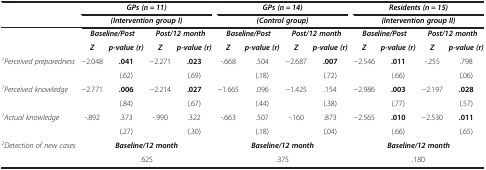
<table><thead><tr><td><b> </b></td><td colspan="4"><b><i>GPs (n = 11)</i></b></td><td colspan="4"><b><i>GPs (n = 14)</i></b></td><td colspan="4"><b><i>Residents (n = 15)</i></b></td></tr><tr><td><b> </b></td><td colspan="4"><b><i>(Intervention group I)</i></b></td><td colspan="4"><b><i>(Control group)</i></b></td><td colspan="4"><b><i>(Intervention group II)</i></b></td></tr></thead><tbody><tr><td> </td><td><b><i>Baseline/Post</i></b></td><td> </td><td><b><i>Post/12 month</i></b></td><td> </td><td><b><i>Baseline/Post</i></b></td><td> </td><td><b><i>Post/12 month</i></b></td><td> </td><td><b><i>Baseline/Post</i></b></td><td> </td><td><b><i>Post/12 month</i></b></td><td> </td></tr><tr><td> </td><td><b><i>Z</i></b></td><td><b><i>p-value (r)</i></b></td><td><b><i>Z</i></b></td><td><b><i>p-value (r)</i></b></td><td><b><i>Z</i></b></td><td><b><i>p-value (r)</i></b></td><td><b><i>Z</i></b></td><td><b><i>p-value (r)</i></b></td><td><b><i>Z</i></b></td><td><b><i>p-value (r)</i></b></td><td><b><i>Z</i></b></td><td><b><i>p-value (r)</i></b></td></tr><tr><td rowspan="2"><sup><i>1</i></sup><i>Perceived preparedness</i></td><td rowspan="2">−2.048</td><td><b>.041</b></td><td rowspan="2">−2.271</td><td><b>.023</b></td><td rowspan="2">-.668</td><td>.504</td><td rowspan="2">−2.687</td><td><b>.007</b></td><td rowspan="2">−2.546</td><td><b>.011</b></td><td rowspan="2">-.255</td><td>.798</td></tr><tr><td>(.62)</td><td>(.69)</td><td>(.18)</td><td>(.72)</td><td>(.66)</td><td>(.06)</td></tr><tr><td rowspan="2"><sup><i>1</i></sup><i>Perceived knowledge</i></td><td rowspan="2">−2.771</td><td><b>.006</b></td><td rowspan="2">−2.214</td><td><b>.027</b></td><td rowspan="2">−1.665</td><td>.096</td><td rowspan="2">−1.425</td><td>.154</td><td rowspan="2">−2.986</td><td><b>.003</b></td><td rowspan="2">−2.197</td><td><b>.028</b></td></tr><tr><td>(.84)</td><td>(.67)</td><td>(.44)</td><td>(.38)</td><td>(.77)</td><td>(.57)</td></tr><tr><td rowspan="2"><sup><i>1</i></sup><i>Actual knowledge</i></td><td rowspan="2">-.892</td><td>.373</td><td rowspan="2">-.990</td><td>.322</td><td rowspan="2">-.663</td><td>.507</td><td rowspan="2">-.160</td><td>.873</td><td rowspan="2">−2.565</td><td><b>.010</b></td><td rowspan="2">−2.530</td><td><b>.011</b></td></tr><tr><td>(.27)</td><td>(.30)</td><td>(.18)</td><td>(.04)</td><td>(.66)</td><td>(.65)</td></tr><tr><td><sup><i>2</i></sup><i>Detection of new cases</i></td><td colspan="4"><b><i>Baseline/12 month</i></b></td><td colspan="4"><b><i>Baseline/12 month</i></b></td><td colspan="4"><b><i>Baseline/12 month</i></b></td></tr><tr><td> </td><td colspan="4">.625</td><td colspan="4">.375</td><td colspan="4">.180</td></tr></tbody></table>